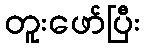
တူးဖော်ပြီး